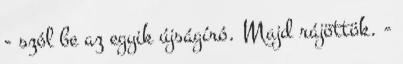
- szól be az egyik újságíró. Majd rájöttök. -